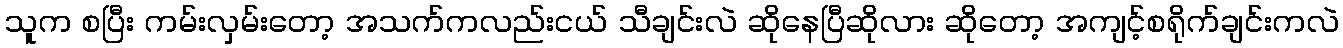
သူက စပြီး ကမ်းလှမ်းတော့ အသက်ကလည်းငယ် သီချင်းလဲ ဆိုနေပြီဆိုလား ဆိုတော့ အကျင့်စရိုက်ချင်းကလဲ